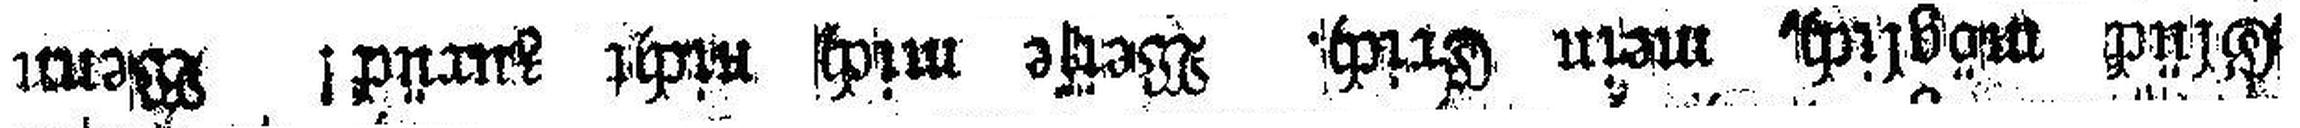
Glück möglich, mein Erich Weise mich nicht zurück! Wenn